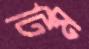
টিম